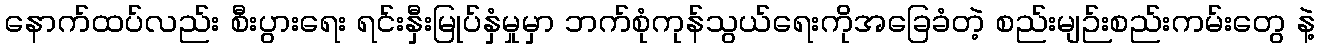
နောက်ထပ်လည်း စီးပွားရေး ရင်းနှီးမြုပ်နှံမှုမှာ ဘက်စုံကုန်သွယ်ရေးကိုအခြေခံတဲ့ စည်းမျဉ်းစည်းကမ်းတွေ နဲ့